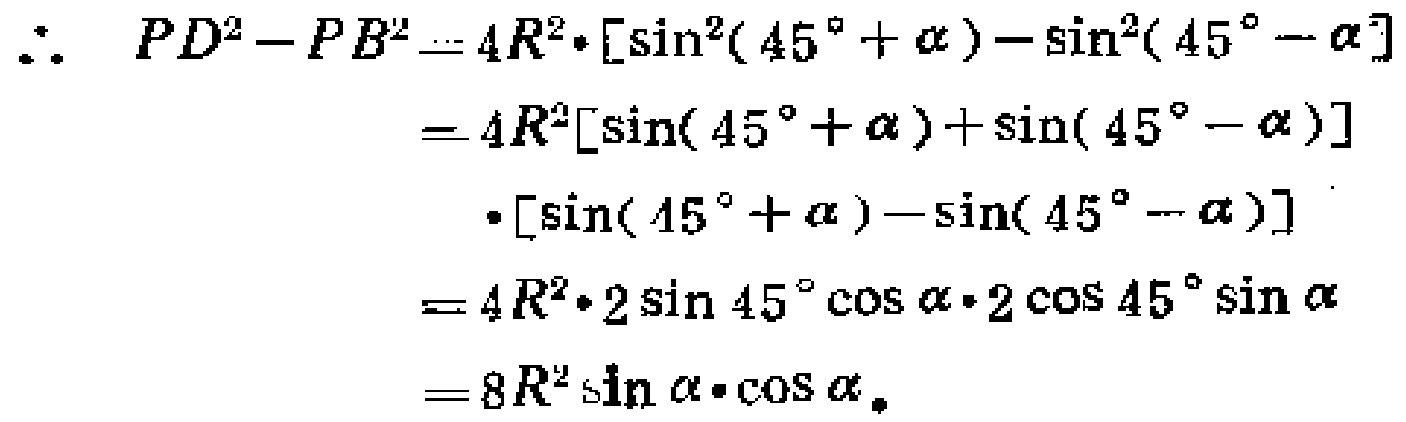
\begin{align*}
\therefore\ PD^{2}-PB^{2}&= 4R^{2}\cdot[\sin^{2}(45^{\circ}+\alpha)-\sin^{2}(45^{\circ}-\alpha)]\\
&=4R^{2}[\sin(45^{\circ}+\alpha)+\sin(45^{\circ}-\alpha)]\\
&\ \ \ \cdot[\sin(45^{\circ}+\alpha)-\sin(45^{\circ}-\alpha)]\\
&=4R^{2}\cdot2\sin45^{\circ}\cos\alpha\cdot2\cos45^{\circ}\sin\alpha\\
&=8R^{2}\sin\alpha\cdot\cos\alpha.
\end{align*}